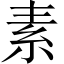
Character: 素